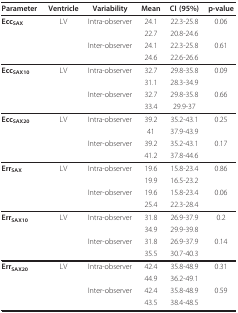
| Parameter | Ventricle | Variability | Mean | CI (95%) | p-value |
 | --- | --- | --- | --- | --- | --- |
 | EccSAX | LV | Intra-observer | 24.1 | 22.3-25.8 | 0.06 |
 |  |  |  | 22.7 | 20.8-24.6 |  |
 |  |  | Inter-observer | 24.1 | 22.3-25.8 | 0.61 |
 |  |  |  | 24.6 | 22.6-26.6 |  |
 | EccSAX10 | LV | Intra-observer | 32.7 | 29.8-35.8 | 0.09 |
 |  |  |  | 31.1 | 28.3-34.9 |  |
 |  |  | Inter-observer | 32.7 | 29.8-35.8 | 0.66 |
 |  |  |  | 33.4 | 29.9-37 |  |
 | EccSAX20 | LV | Intra-observer | 39.2 | 35.2-43.1 | 0.25 |
 |  |  |  | 41 | 37.9-43.9 |  |
 |  |  | Inter-observer | 39.2 | 35.2-43.1 | 0.17 |
 |  |  |  | 41.2 | 37.8-44.6 |  |
 | ErrSAX | LV | Intra-observer | 19.6 | 15.8-23.4 | 0.86 |
 |  |  |  | 19.9 | 16.5-23.2 |  |
 |  |  | Inter-observer | 19.6 | 15.8-23.4 | 0.06 |
 |  |  |  | 25.4 | 22.3-28.4 |  |
 | ErrSAX10 | LV | Intra-observer | 31.8 | 26.9-37.9 | 0.2 |
 |  |  |  | 34.9 | 29.9-39.8 |  |
 |  |  | Inter-observer | 31.8 | 26.9-37.9 | 0.14 |
 |  |  |  | 35.5 | 30.7-40.3 |  |
 | ErrSAX20 | LV | Intra-observer | 42.4 | 35.8-48.9 | 0.31 |
 |  |  |  | 44.9 | 36.2-49.1 |  |
 |  |  | Inter-observer | 42.4 | 35.8-48.9 | 0.59 |
 |  |  |  | 43.5 | 38.4-48.5 |  |